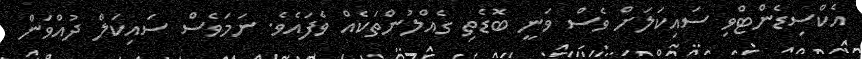
އެކްސިޑެންޓްވި ސައިކަލަށް ވެސް ވަނީ ބޮޑެތި ގެއްލުންތަކެއް ވެފައެވެ. ނަމަވެސް ސައިކަލް ދުއްވަން